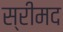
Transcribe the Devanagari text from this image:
स्रीमद